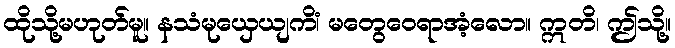
ထိုသို့မဟုတ်မူ။ နသံမုယှေယျကိံ၊ မတွေဝေရာအံ့လော။ ဣတိ၊ ဤသို့။